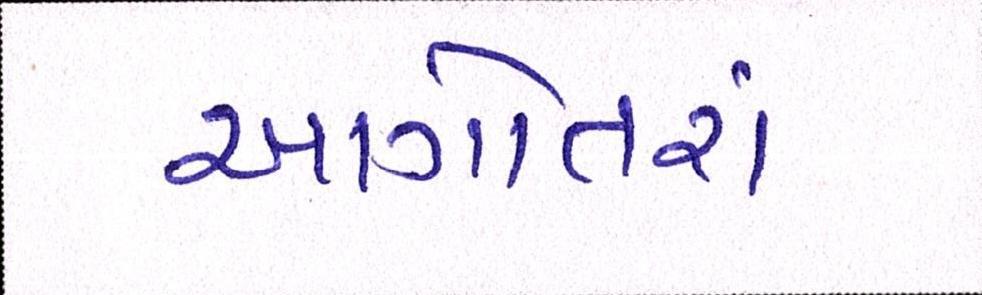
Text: આગોતરાં